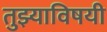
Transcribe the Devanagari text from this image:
तुझ्याविषयी